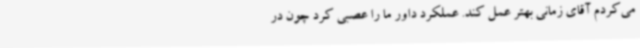
می‌کردم آقای زمانی بهتر عمل کند. عملکرد داور ما را عصبی کرد چون در